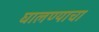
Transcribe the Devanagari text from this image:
घालण्‍याचा